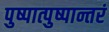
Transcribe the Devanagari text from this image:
पुष्पात्पुष्पान्तरं